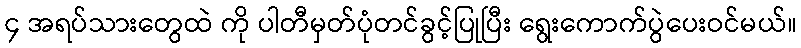
၄ အရပ်သားတွေထဲ ကို ပါတီမှတ်ပုံတင်ခွင့်ပြုပြီး ရွေးကောက်ပွဲပေးဝင်မယ်။